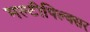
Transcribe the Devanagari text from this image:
मल्टीपिल्क्सर